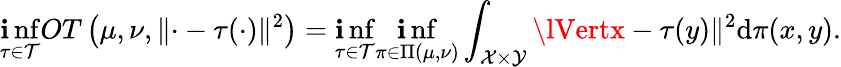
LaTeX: \operatorname*{\mathbf{i}nf}_{\tau\in\mathcal{{T}}}OT\left(\mu,\nu,\lVert\cdot-\tau(\cdot)\rVert^{2}\right)=\operatorname*{\mathbf{i}nf}_{\tau\in\mathcal{{T}}}\operatorname*{\mathbf{i}nf}_{\pi\in\Pi(\mu,\nu)}\int_{\mathcal{{X}}\times\mathcal{{Y}}}\lVertx-\tau(y)\rVert^{2}\mathrm{{d}}\pi(x,y).